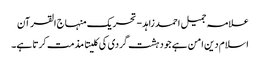
علامہ جمیل احمد زاہد - تحریک منہاج القرآن
اسلام دین امن ہے جو دہشت گردی کی کلیتا مذمت کرتا ہے۔